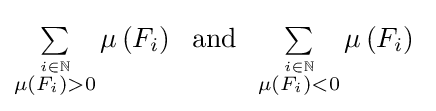
\textstyle \sum \limits _{\stackrel {i\in \mathbb {N} }{\mu \left(F_{i}\right)>0}}\mu \left(F_{i}\right)\;{\text{ and }}\;\textstyle \sum \limits _{\stackrel {i\in \mathbb {N} }{\mu \left(F_{i}\right)<0}}\mu \left(F_{i}\right)\;